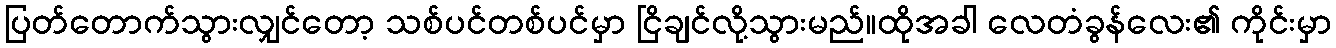
ပြတ်တောက်သွားလျှင်တော့ သစ်ပင်တစ်ပင်မှာ ငြိချင်လို့သွားမည်။ထိုအခါ လေတံခွန်လေး၏ ကိုင်းမှာ